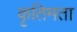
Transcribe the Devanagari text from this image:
कृतिमता